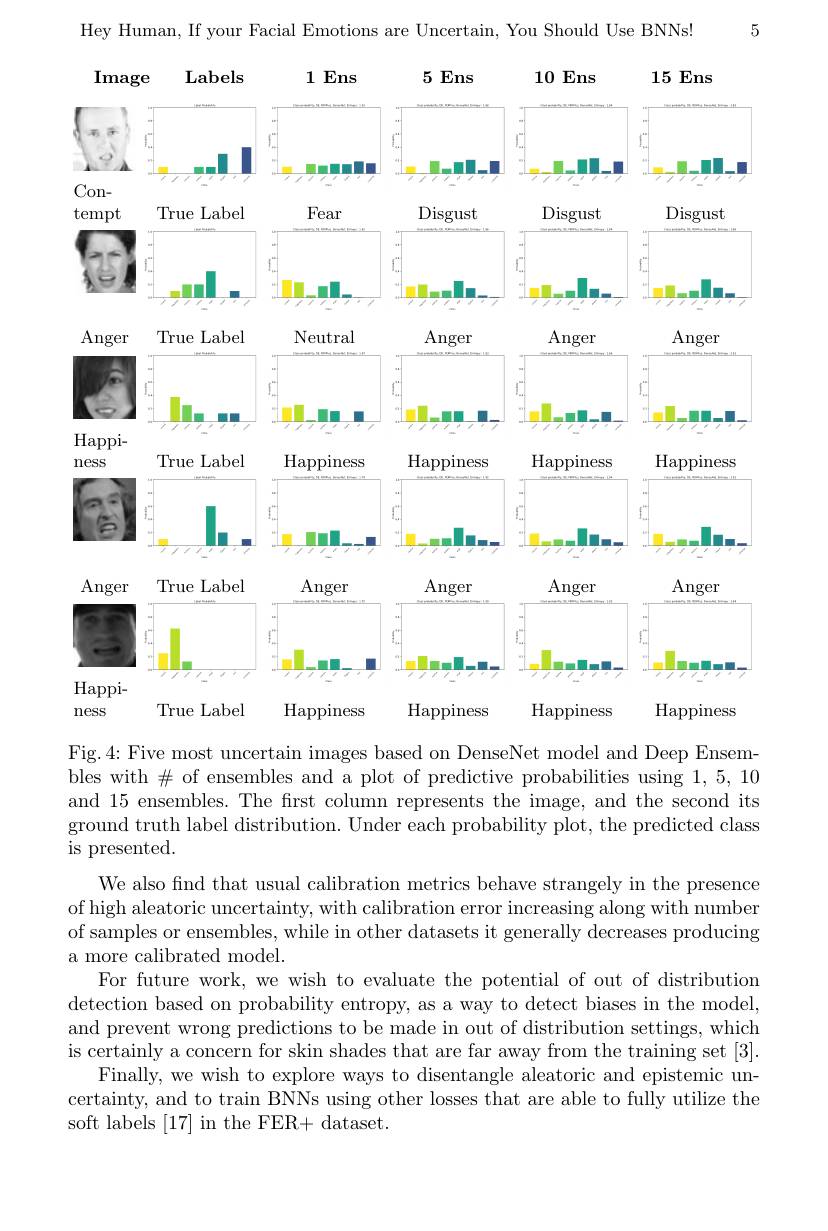
5

Hey Human, If your Facial Emotions are Uncertain, You Should Use BNNs!

Labels
$1Ens$
$5Ens$
10 Ens
15 Ens
Image
<FigureHere>
True Label
Happiness
Happiness
Happiness
Happiness
ness

Fig.4: Five most uncertain images based on DenseNet model and Deep Ensembles with $\#$ of ensembles and a plot of predictive probabilities using 1,5,10 and 15 ensembles. The frst column represents the image, and the second its ground truth label distribution. Under each probability plot, the predicted class is presented.
We also find that usual calibration metrics behave strangely in the presence of high aleatoric uncertainty, with calibration error increasing along with number $\bar{\text{of samples or ensembles, while in other datasets it generally decreases producing}}$ a more calibrated model.
For future work, we wish to evaluate the potential of out of distribution detection based on probability entropy, as a way to detect biases in the model, and prevent wrong predictions to be made in out of distribution settings, which is certainly a concern for skin shades that are far away from the training set [3].
Finally, we wish to explore ways to disentangle aleatoric and epistemic uncertainty, and to train BNNs using other losses that are able to fully utilize the soft labels [17] in the FER+ dataset.